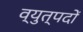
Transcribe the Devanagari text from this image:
व्युत्पदों